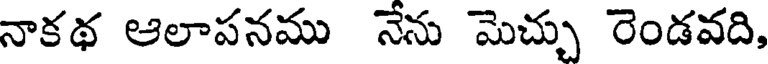
నాకథ ఆలాపనము నేను మెచ్చు రెండవది,